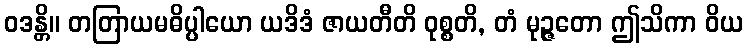
ဝဒန္တိ။ တတြာယမဓိပ္ပါယော ယဒိဒံ ဇာယတီတိ ဝုစ္စတိ, တံ မုဉ္ဇတော ဤသိကာ ဝိယ